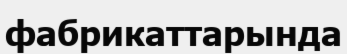
фабрикаттарында